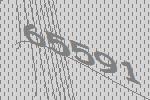
65591